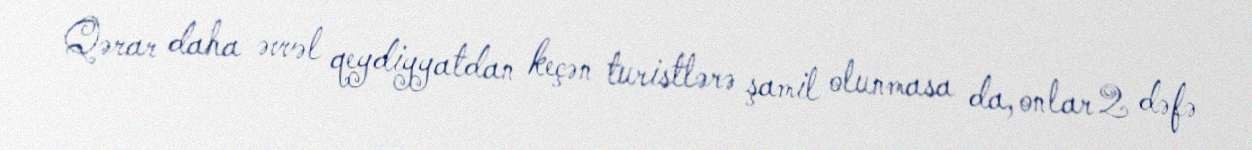
Qərar daha əvvəl qeydiyyatdan keçən turistlərə şamil olunmasa da, onlar 2 dəfə